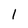
Character: 1